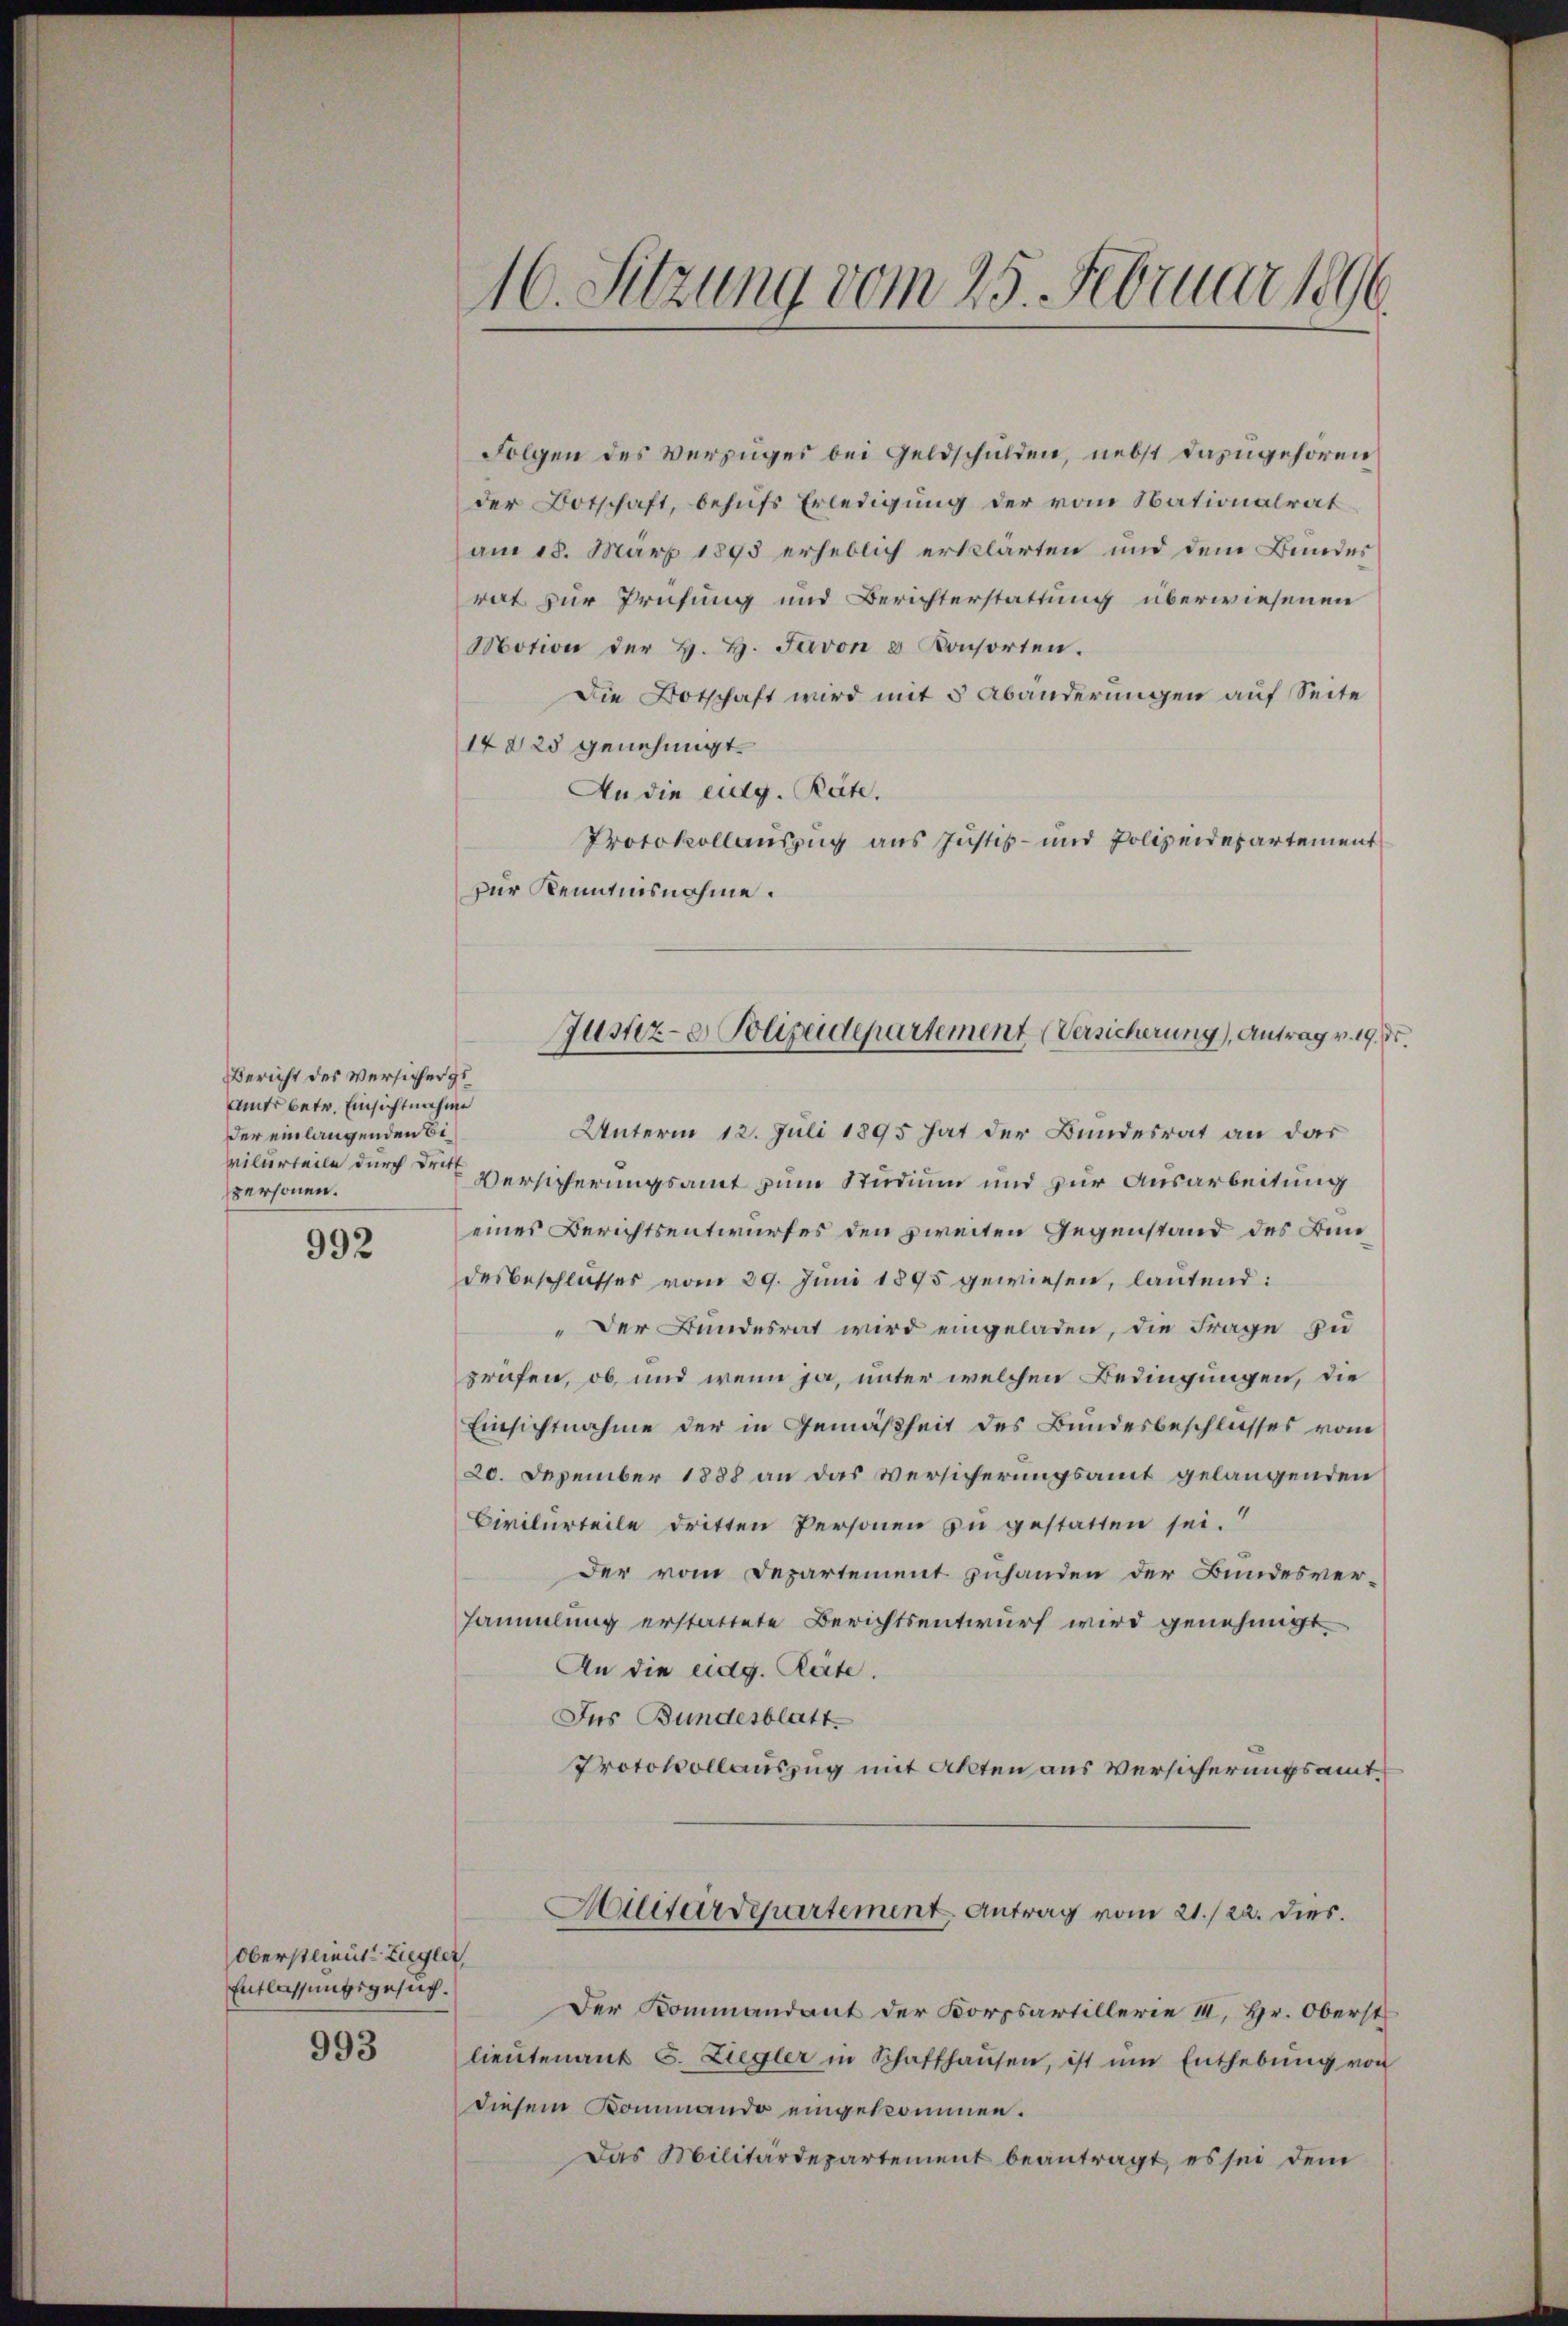
Bericht des Versicher zu
amts betr. Einsichtnahme
der einlangenden Bivilurteile durch Dritt
spersonen.

992

Oberstlieut. Ziegler,
Entlassungsgesuch.

993

Folgen des Verzuges bei Geldschulden, nebst dazugehören
der Botschaft, behufs Erledigung der vom Nationalrat
am 18. März 1893 erheblich erklärten und dem Bundes
rat zur Prüfung und Berichterstattung überwiesenen
Motion der H. H. Javon & Konsorten.
Die Botschaft wird mit 5 Abänderungen auf Seite
14823 genehmigt.
An die eidg. Räte.
Protokollauszug aus Justiz- und Polizeidepartement
für Kenntnisnahme.
Unterm 12. Juli 1895 hat der Bundesrat an das
Versicherungsamt zum Studium und zur Ausarbeitung
eines Berichtsentwurfes den zweiten Gegenstand des Bundesbeschlusses vom 29. Juni 1895 gewiesen, lautend:
" Der Bundesrat wird eingeladen, die Frage zu
prüfen, ob und wenn ja, unter welchen Bedingungen, die
Einsichtnahme der in Gemäßheit des Bundesbeschlusses vom
20. Dezember 1888 an das Versicherungsamt gelangenden
Civilurteile dritten Personen zu gestatten sei.
Der vom Departement zuhanden der Bundesver-
sammlung erstattete Berichtsentwurf wird genehmigt
An die eidg. Reite.
Ins Bundesblatt
Protokollauszug mit Akten aus Versicherungsamt
Allitärdepartement Antrag vom 21./22. dies
Der Kommandant der Korpsartillerie II, Hr. Oberst
lieŭtenant C. Ziegler in Schaffhausen, ist um Enthebŭng von
diesem Kommando eingekommen.
Das Militärdepartement beantragt, es sei dem

16. Sitzung vom 25. Februar 1896

Justiz- & Polizeidepartement (Versicherung), Antrag v. 19. d.